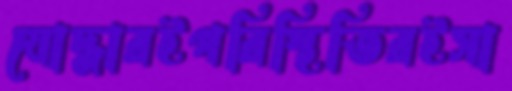
যোদ্ধারইপরিস্থিতিরইসা